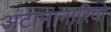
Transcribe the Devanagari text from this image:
अंटानानारिवो